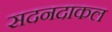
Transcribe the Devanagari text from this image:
सदनदाकल